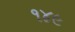
૧૪૯